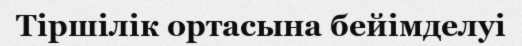
Тіршілік ортасына бейімделуі